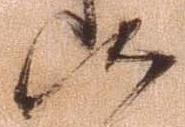
候